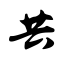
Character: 共